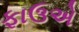
ફાઉએ